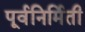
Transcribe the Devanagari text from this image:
पूर्वनिर्मिती